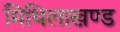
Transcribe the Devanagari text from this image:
मिथिलाखण्ड